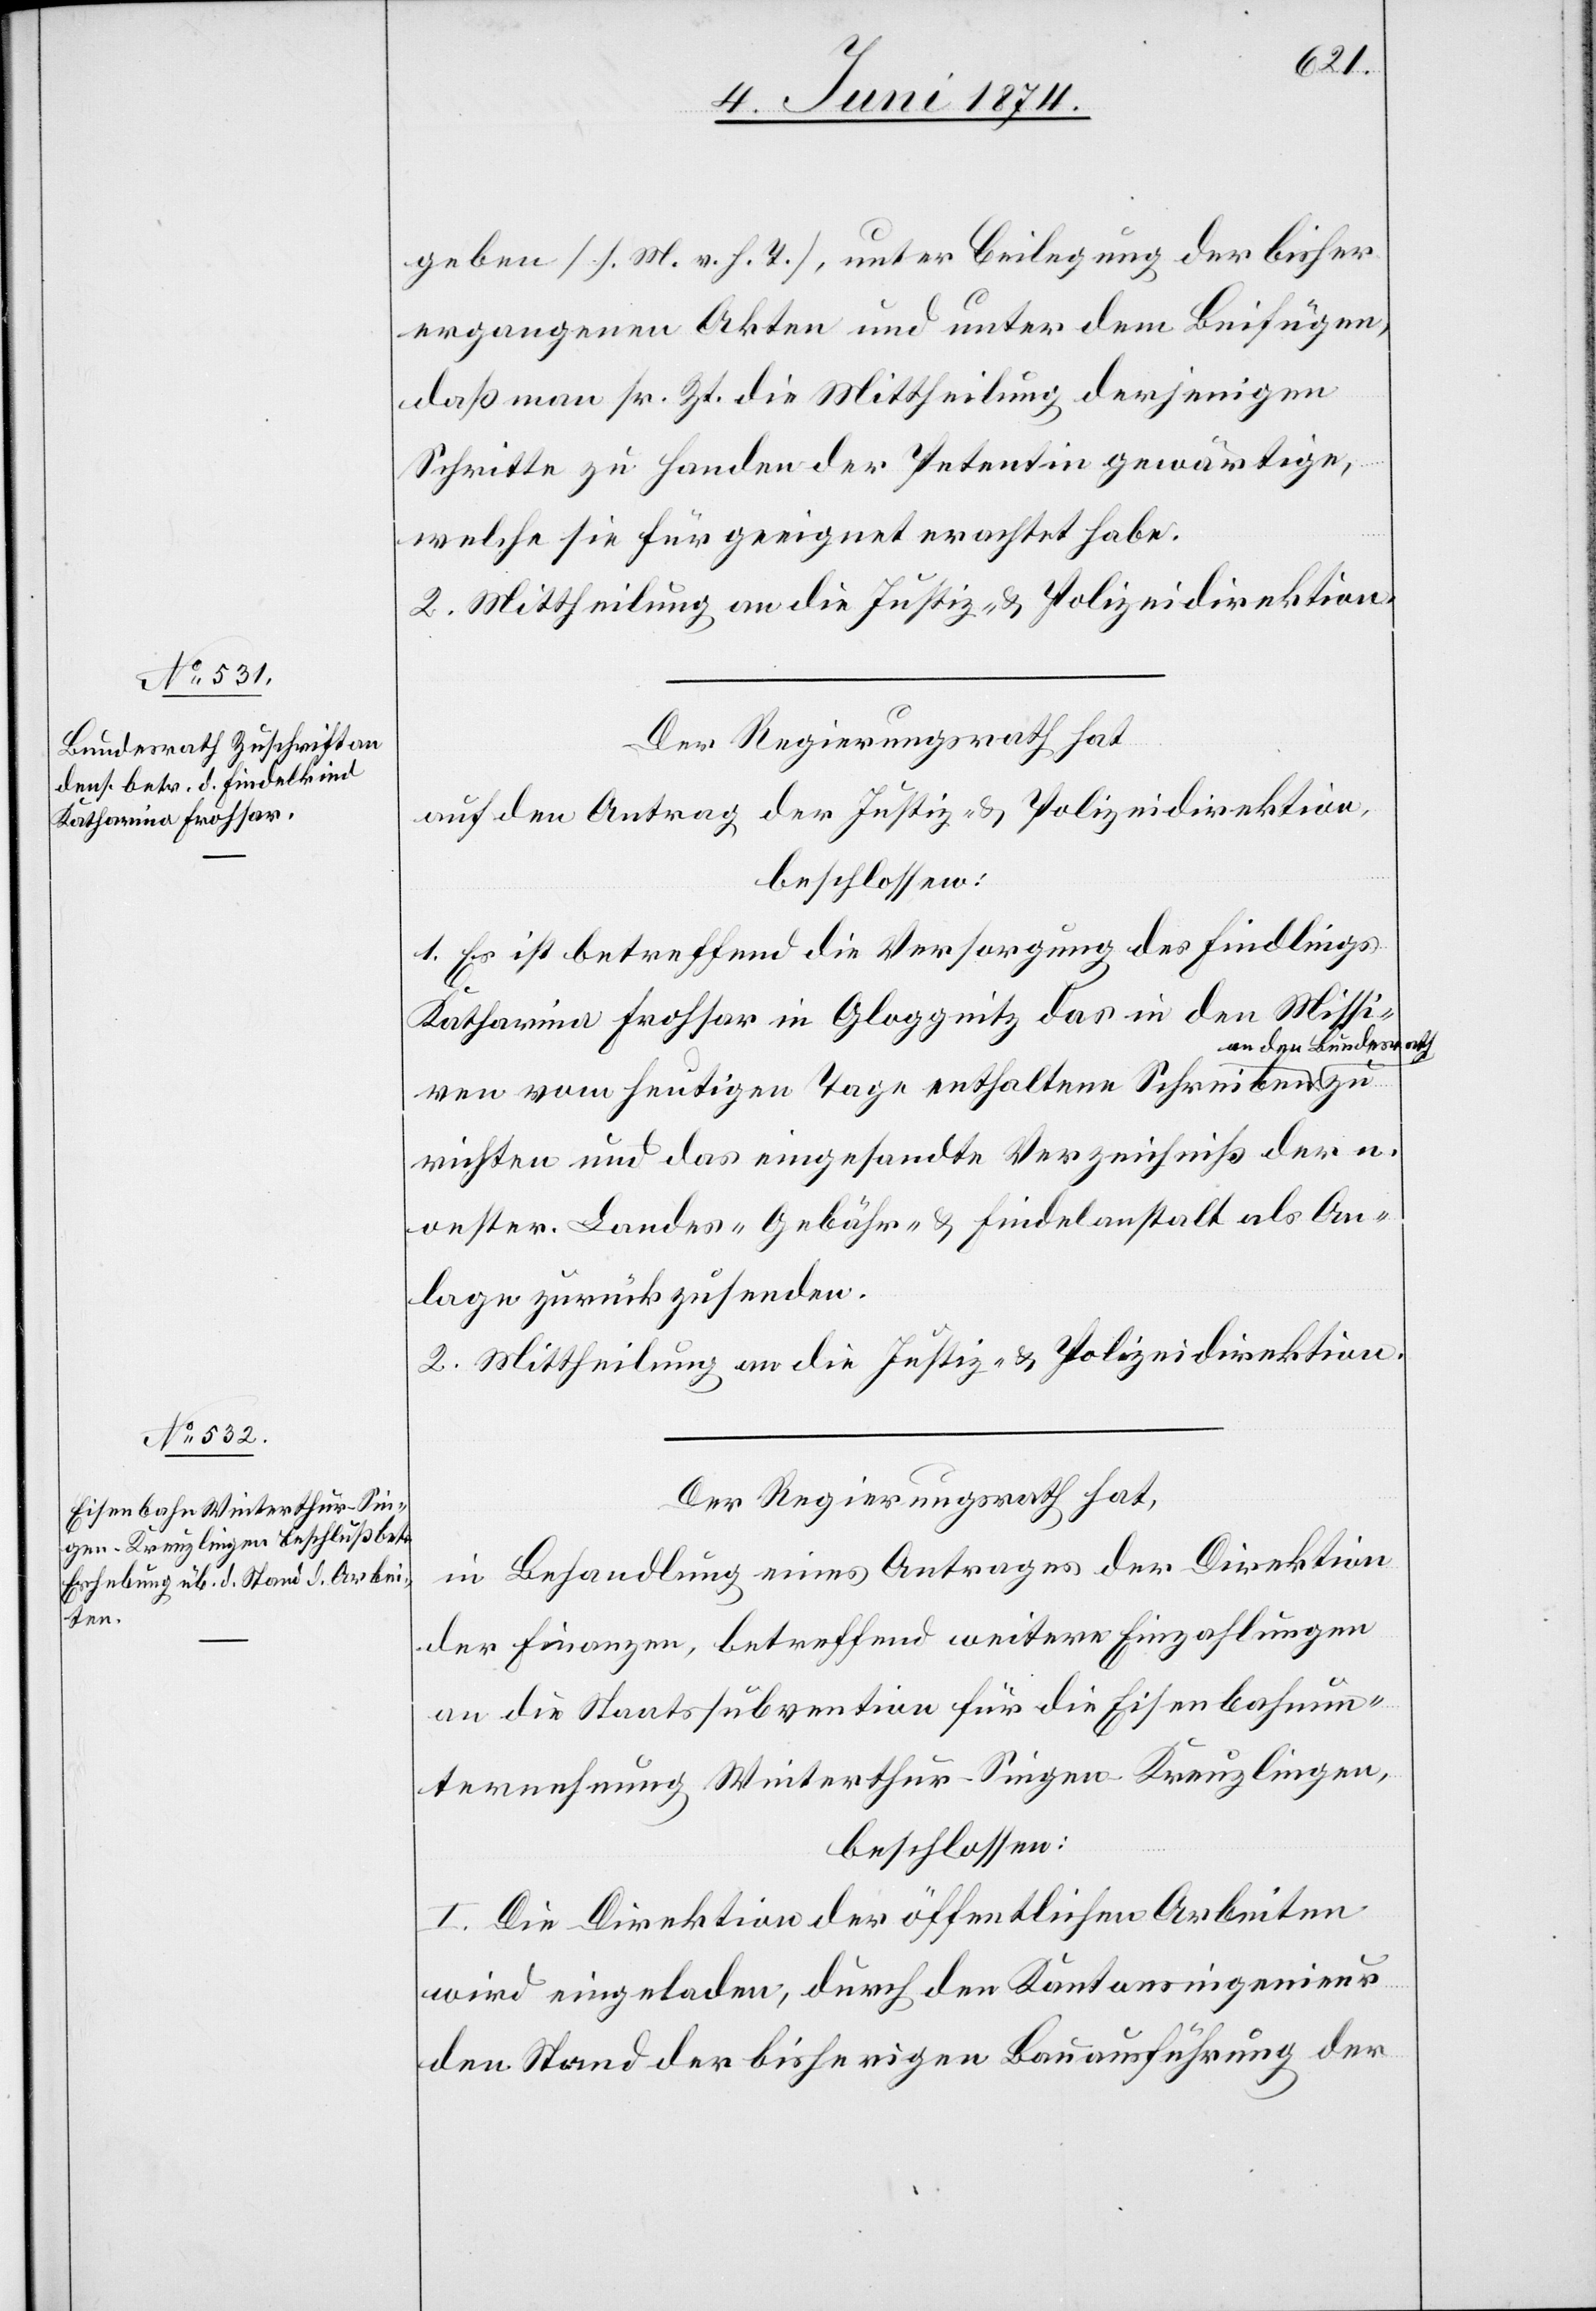
geben [s. M. v. h. T.], unter Beilegung der bisher
ergangenen Akten und unter dem Beifügen,
daß man sr. Zt. die Mittheilung derjenigen
Schritte zu Handen der Petentin gewärtige,
welche sie für geeignet erachtet habe.
2. Mittheilung an die Justiz- u. Polizeidirektion.
Der Regierungsrath hat
auf den Antrag der Justiz- u. Polizeidirektion,
beschlossen:
1. Es ist betreffend die Versorgung des Findlings
Katharina Frohsar in Gloggnitz das in den Missi¬
an den Bundesrath
ven vom heutigen Tage enthaltene Schreiben
richten und das eingesandte Verzeichniß der n.
oester. Landes-Gebähr- u. Findelanstalt als An¬
lage zurückzusenden.
2. Mittheilung an die Justiz- u. Polizeidirektion.
Der Regierungsrath hat,
in Behandlung eines Antrages der Direktion
der Finanzen, betreffend weitere Einzahlungen
an die Staatssubvention für die Eisenbahnun¬
ternehmung Winterthur-Singen-Kreuzlingen,
beschlossen:
I. Die Direktion der öffentlichen Arbeiten
wird eingeladen, durch den Kantonsingenieur
den Stand der bisherigen Bauausführung der